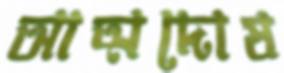
আত্মদোষ